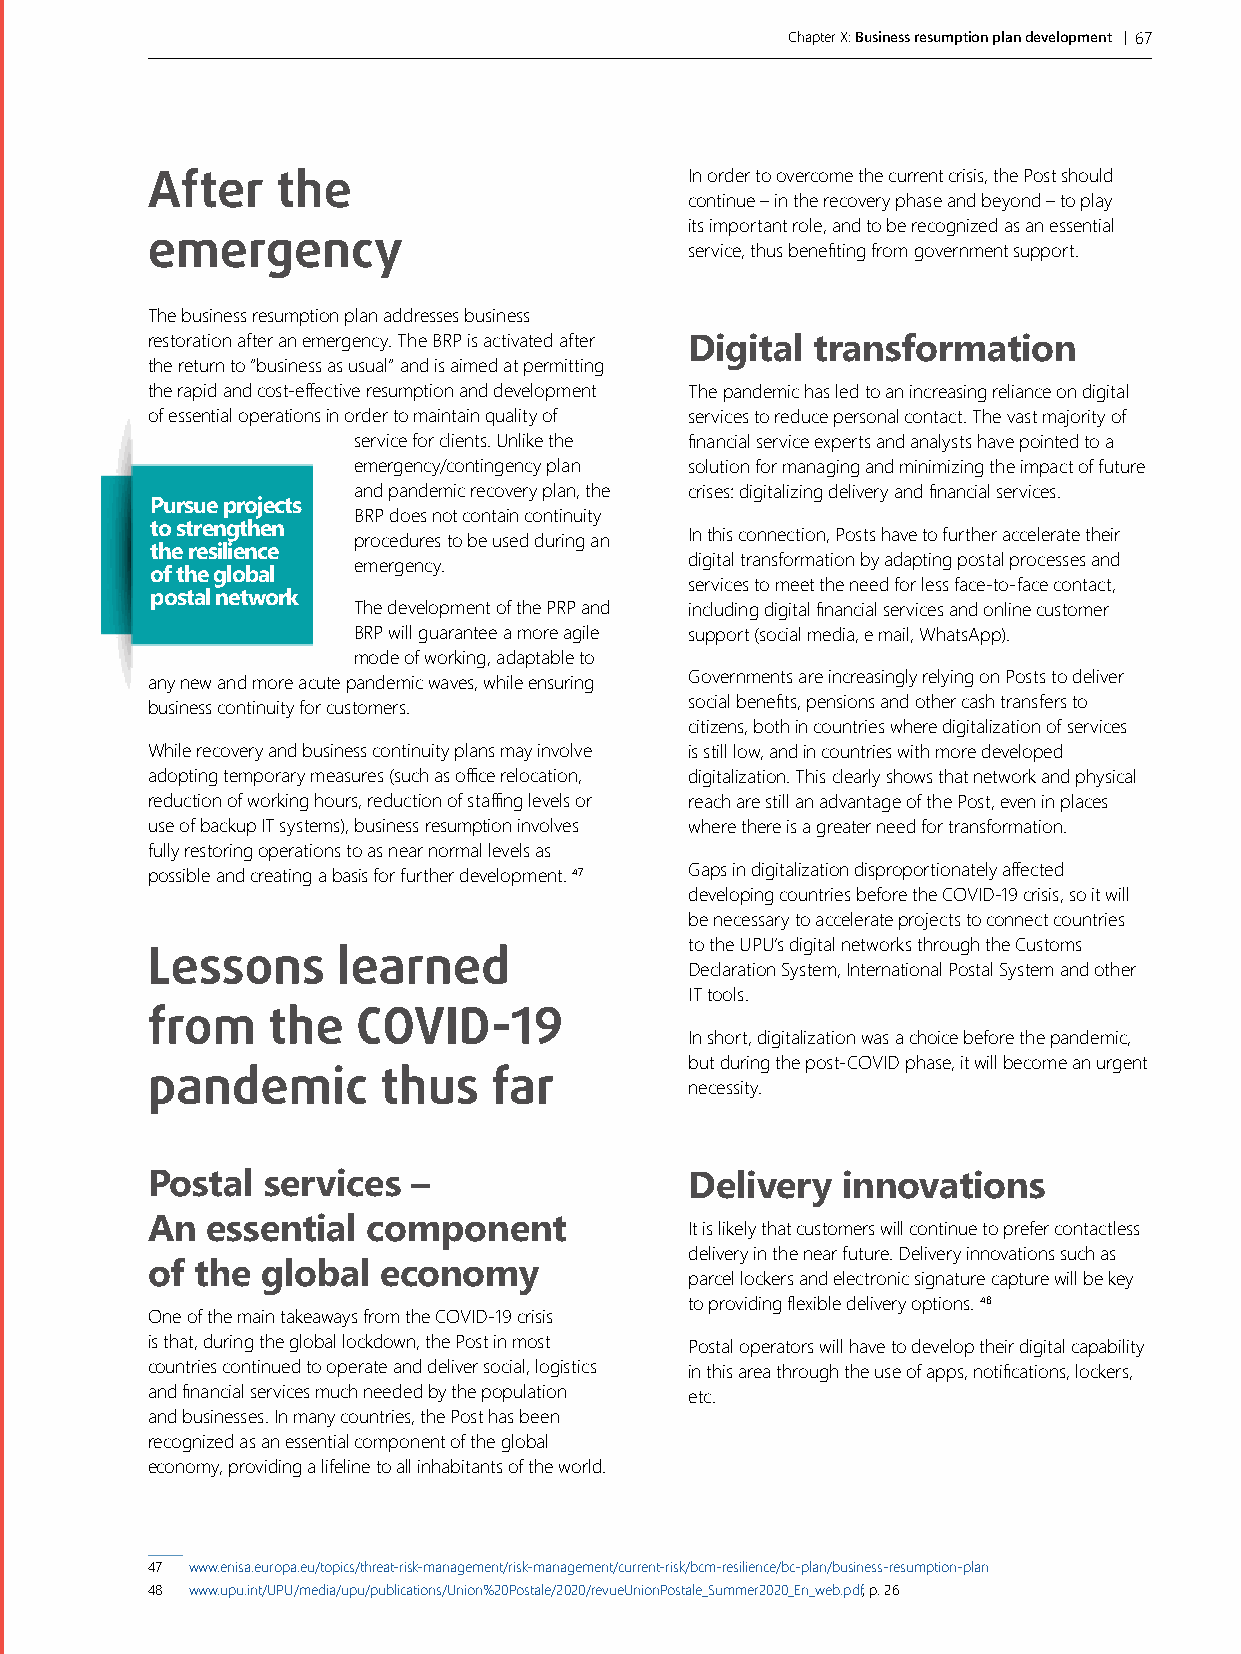
Chapter X: Business resumption plan development | 67
 After   the                         In order to overcome the current crisis, the Post should
 continue – in the recovery phase and beyond – to play
 its important role, and to be recognized as an essential
 emergency
 service, thus benefiting from government support.
 The business resumption plan addresses business
 restoration after an emergency. The BRP is activated after Digital transformation
 the return to “business as usual” and is aimed at permitting
 the rapid and cost-effective resumption and development The pandemic has led to an increasing reliance on digital
 of essential operations in order to maintain quality of services to reduce personal contact. The vast majority of
 service for clients. Unlike the financial service experts and analysts have pointed to a
 emergency/contingency plan solution for managing and minimizing the impact of future
 and pandemic recovery plan, the crises: digitalizing delivery and financial services.
 Pursue projects
 BRP does not contain continuity
 to strengthen
 procedures to be used during an In this connection, Posts have to further accelerate their
 the resilience
 emergency.             digital transformation by adapting postal processes and
 of the global
 services to meet the need for less face-to-face contact,
 postal network
 The development of the PRP and including digital financial services and online customer
 BRP will guarantee a more agile support (social media, e mail, WhatsApp).
 mode of working, adaptable to
 any new and more acute pandemic waves, while ensuring Governments are increasingly relying on Posts to deliver
 business continuity for customers.  social benefits, pensions and other cash transfers to
 citizens, both in countries where digitalization of services
 While recovery and business continuity plans may involve is still low, and in countries with more developed
 adopting temporary measures (such as office relocation, digitalization. This clearly shows that network and physical
 reduction of working hours, reduction of staffing levels or reach are still an advantage of the Post, even in places
 use of backup IT systems), business resumption involves where there is a greater need for transformation.
 fully restoring operations to as near normal levels as
 possible and creating a basis for further development. 47 Gaps in digitalization disproportionately affected
 developing countries before the COVID-19 crisis, so it will
 be necessary to accelerate projects to connect countries
 to the UPU’s digital networks through the Customs
 Lessons     learned
 Declaration System, International Postal System and other
 IT tools.
 from    the   COVID-19
 In short, digitalization was a choice before the pandemic,
 but during the post-COVID phase, it will become an urgent
 pandemic       thus    far
 necessity.
 Postal services  –                  Delivery  innovations
 An  essential component             It is likely that customers will continue to prefer contactless
 delivery in the near future. Delivery innovations such as
 of the global  economy
 parcel lockers and electronic signature capture will be key
 to providing flexible delivery options. 48
 One of the main takeaways from the COVID-19 crisis
 is that, during the global lockdown, the Post in most Postal operators will have to develop their digital capability
 countries continued to operate and deliver social, logistics in this area through the use of apps, notifications, lockers,
 and financial services much needed by the population etc.
 and businesses. In many countries, the Post has been
 recognized as an essential component of the global
 economy, providing a lifeline to all inhabitants of the world.
 47 www.enisa.europa.eu/topics/threat-risk-management/risk-management/current-risk/bcm-resilience/bc-plan/business-resumption-plan
 48 www.upu.int/UPU/media/upu/publications/Union%20Postale/2020/revueUnionPostale_Summer2020_En_web.pdf, p. 26